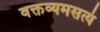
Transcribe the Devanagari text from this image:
वक्तव्यमसत्यं